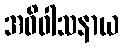
အဓိဝါသနာယ